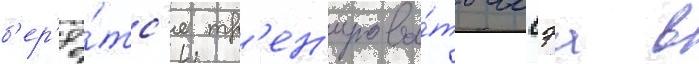
б'ер'ё́тс'я тр'ен'ирова́ть иссэа в